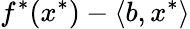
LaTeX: f^{*}(x^{*})-\langle b,x^{*}\rangle